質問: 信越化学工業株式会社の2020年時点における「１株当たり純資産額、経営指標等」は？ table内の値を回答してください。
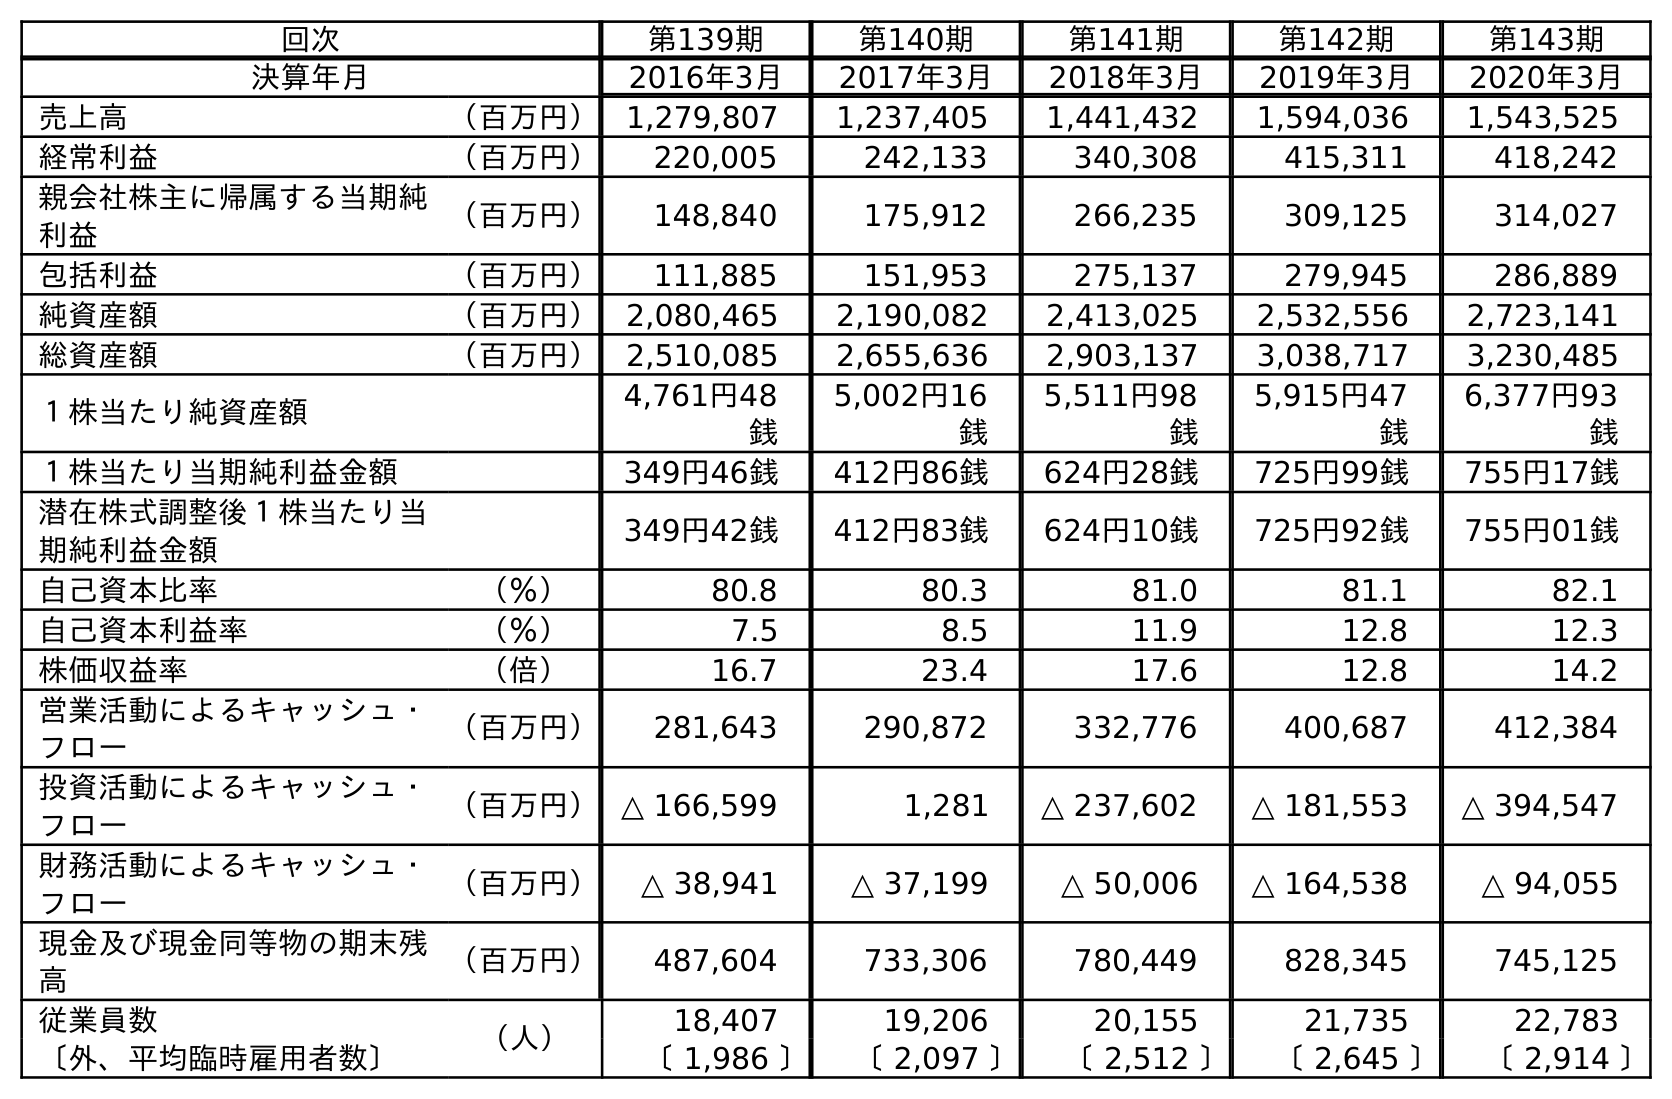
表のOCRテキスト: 回次 第139期 第140期 第141期 第142期 第143期 決算年月 2016年3月 2017年3月 2018年3月 2019年3月 2020年3月 売上高 （百万円） 1,279,807 1,237,405 1,441,432 1,594,036 1,543,525 経常利益 （百万円） 220,005 242,133 340,308 415,311 418,242 親会社株主に帰属する当期純 利益 （百万円） 148,840 175,912 266,235 309,125 314,027 包括利益 （百万円） 111,885 151,953 275,137 279,945 286,889 純資産額 （百万円） 2,080,465 2,190,082 2,413,025 2,532,556 2,723,141 総資産額 （百万円） 2,510,085 2,655,636 2,903,137 3,038,717 3,230,485 １株当たり純資産額 4,761円48 銭 5,002円16 銭 5,511円98 銭 5,915円47 銭 6,377円93 銭 １株当たり当期純利益金額 349円46銭 412円86銭 624円28銭 725円99銭 755円17銭 潜在株式調整後１株当たり当 期純利益金額 349円42銭 412円83銭 624円10銭 725円92銭 755円01銭 自己資本比率 （％） 80.8 80.3 81.0 81.1 82.1 自己資本利益率 （％） 7.5 8.5 11.9 12.8 12.3 株価収益率 （倍） 16.7 23.4 17.6 12.8 14.2 営業活動によるキャッシュ・ フロー （百万円） 281,643 290,872 332,776 400,687 412,384 投資活動によるキャッシュ・ フロー （百万円）△ 166,599 1,281 △ 237,602 △ 181,553 △ 394,547 財務活動によるキャッシュ・ フロー （百万円） △ 38,941 △ 37,199 △ 50,006 △ 164,538 △ 94,055 現金及び現金同等物の期末残 高 （百万円） 487,604 733,306 780,449 828,345 745,125 従業員数 （人） 18,407 19,206 20,155 21,735 22,783 〔外、平均臨時雇用者数〕 〔 1,986 〕 〔 2,097 〕 〔 2,512 〕 〔 2,645 〕 〔 2,914 〕
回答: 6,377円93銭